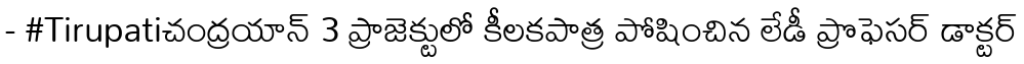
- #Tirupatiచంద్రయాన్ 3 ప్రాజెక్టులో కీలకపాత్ర పోషించిన లేడీ ప్రొఫెసర్ డాక్టర్